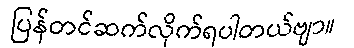
ပြန်တင်ဆက်လိုက်ရပါတယ်ဗျာ။